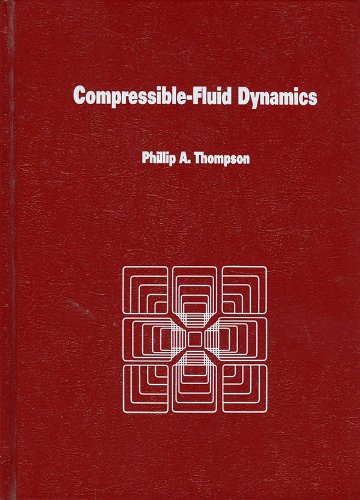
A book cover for Compressible Fluid Dynamics (Advanced engineering series); Philip A. Thompson; Science & Math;